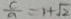
\frac { c } { a } = 1 + \sqrt { 2 }